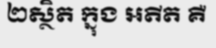
២ស្ថិត ក្នុង អតីត គឺ